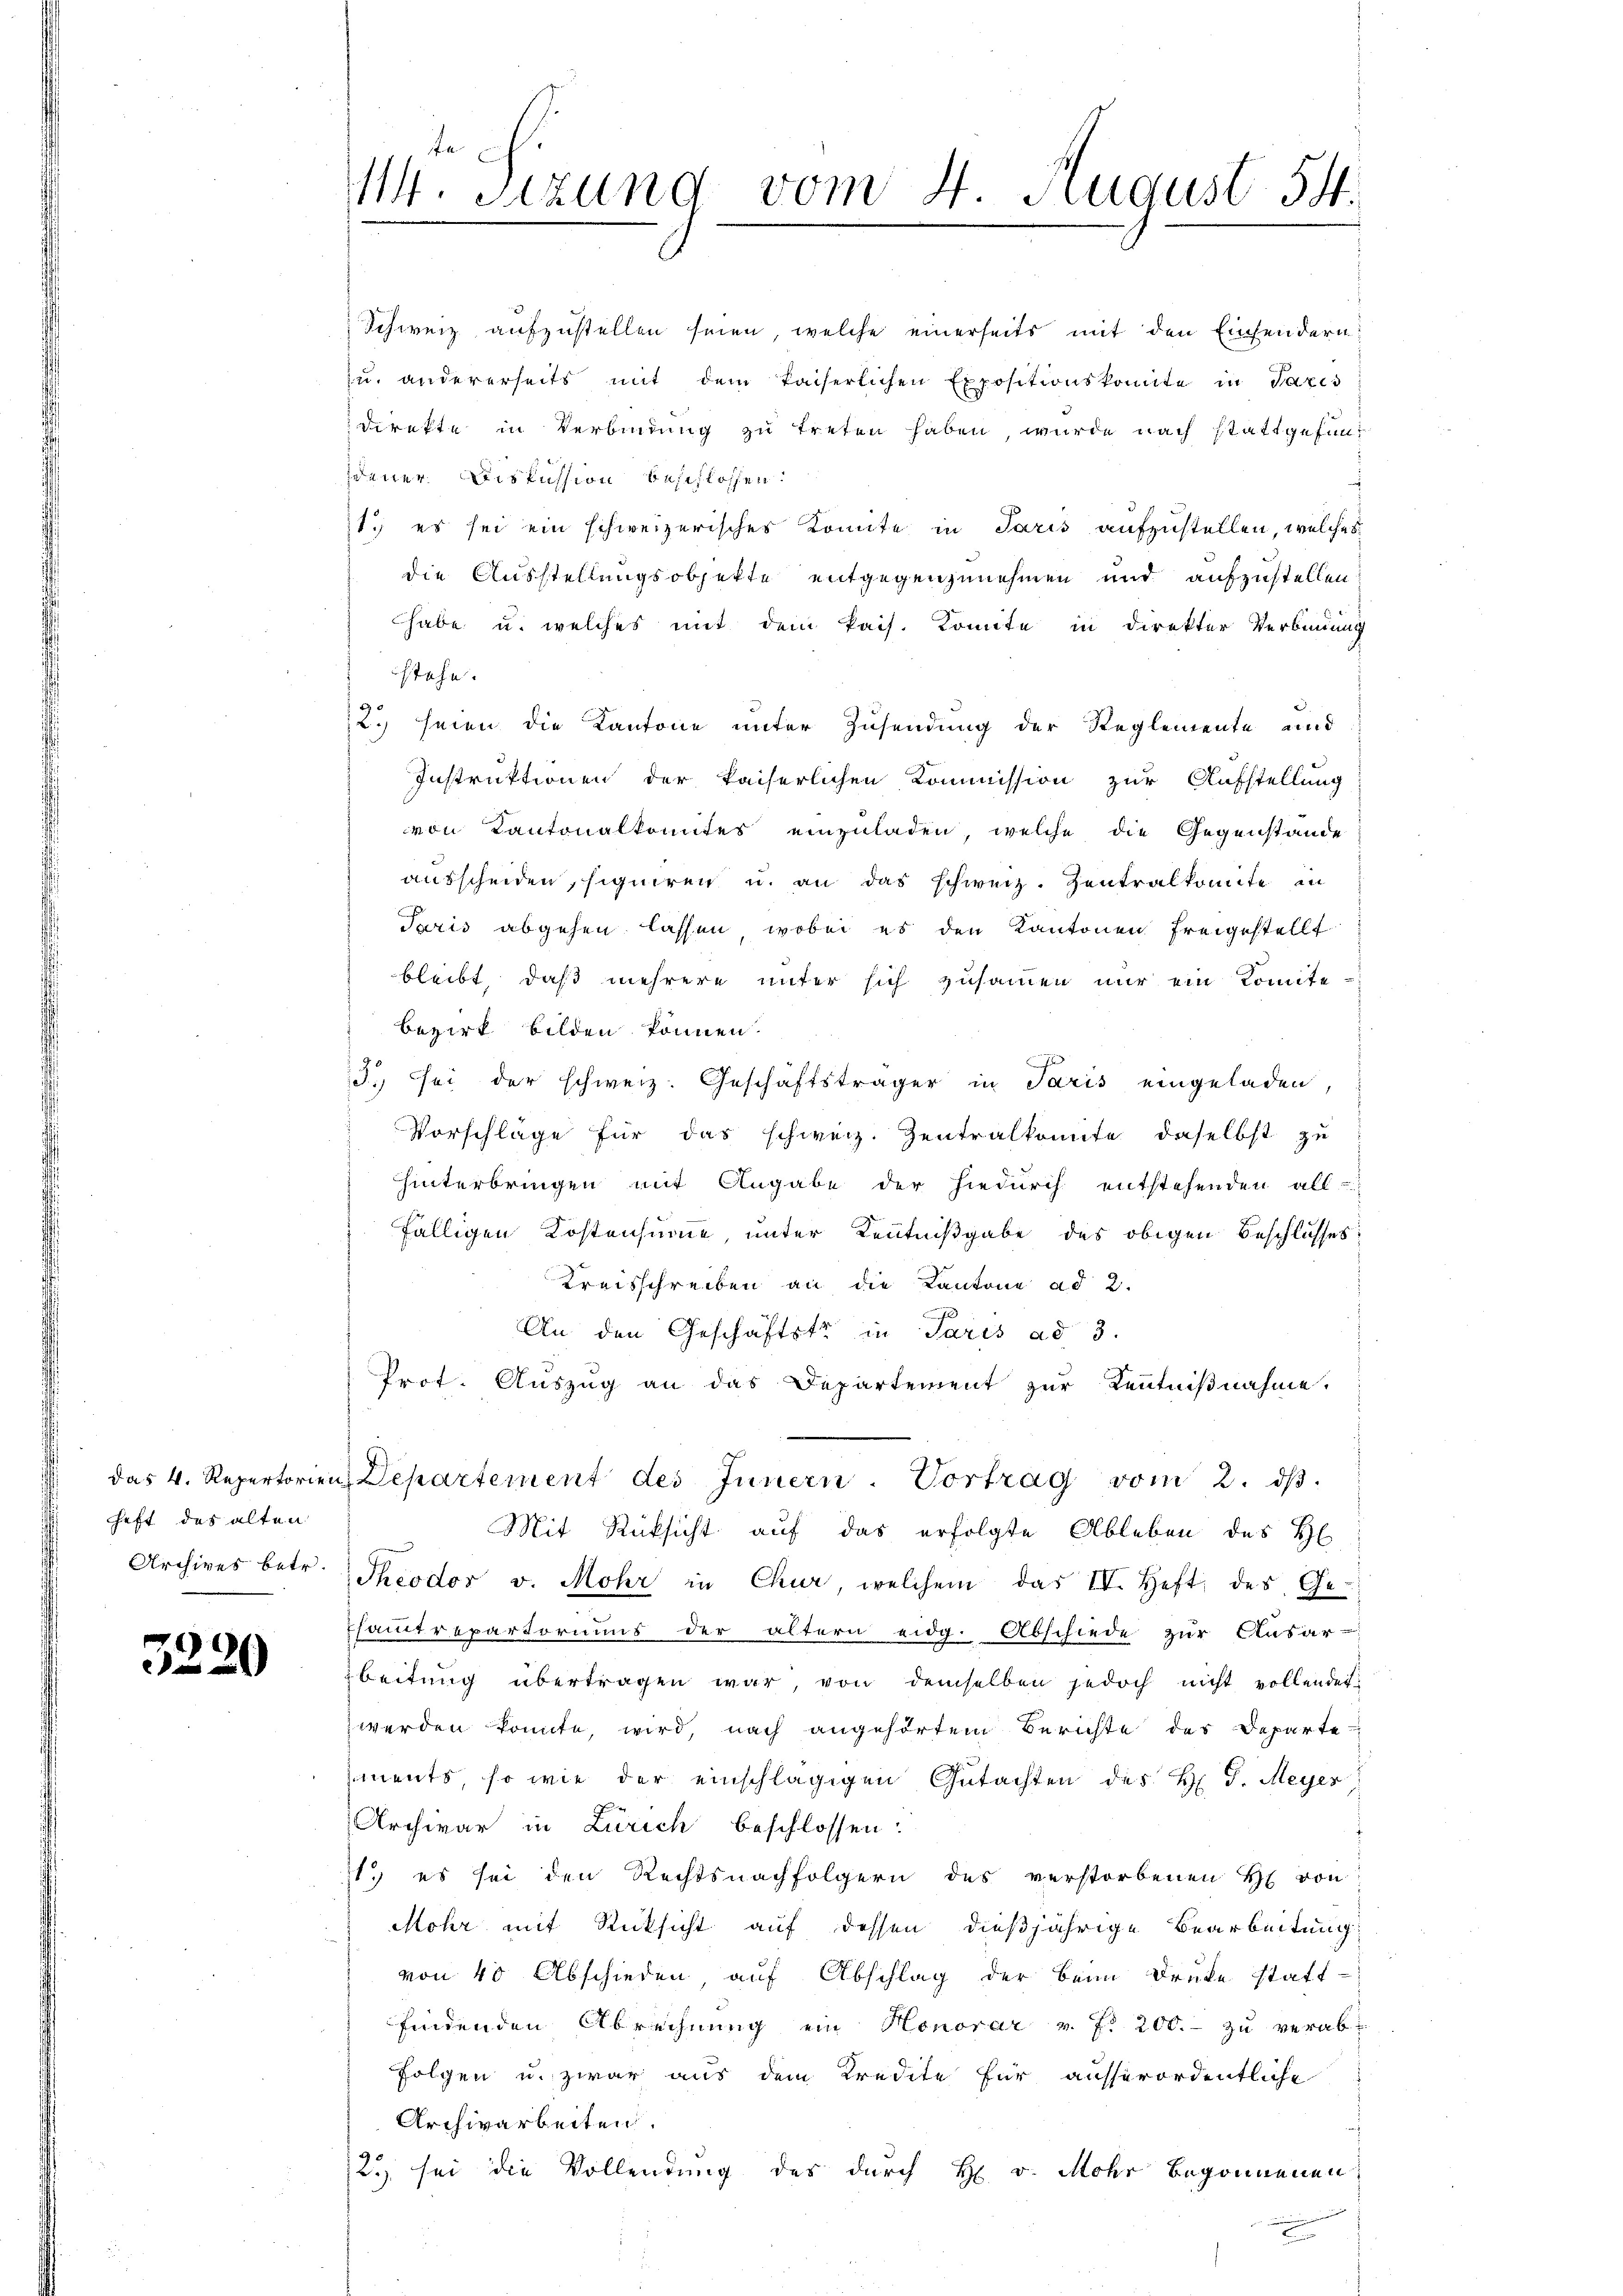
haft das alten
Archives betr.

3220

. Sizung vom 4. August. 54.

Schweiz aufzustellen seien, welche einerseits mit den Einsendern,
zu andererseits mit dem kaiserlichen Expositionskomite in Paris
Direkte in Verbindung zu treten haben, wurde nach stattgefundener Diskussion beschlossen:
1. es sei ein schweizerisches Komite in Paris aufzustellen, welches
die Ausstellungsobjekte entgegenzunehmen und aufzustellen
habe u. welches mit dem Pais. Komite in direkter Verbindung
stehe.
2. seien die Kantone unter Zusendung der Reglemente und
Instruktionen der kaiserlichen Kommission zur Aufstellung
von Kantonalkomites einzuladen, welche die Gegenstände
ausscheiden, signiren u. an das schweiz. Zentralkomite in
Paris abgehen lassen, wobei es den Kantonen freigestellt
bleibt, daß mehrere unter sich zusammen nur ein Komite
Bezirk bilden können.
3. sei der schweiz. Geschäftsträger in Paris eingeladen
Vorschläge für das schweiz. Zentralkonnte, daselbst zu
hinterbringen mit Angabe der hiedurch entstehenden all-
fälligen Kostensumme, unter Kenntnißgabe des obigen Beschlusses
Kreisschreiben an die Kantone ad 2.
An den Geschäftste in Paris ad 3.
Prot. Auszug an das Departement zur Kenntnißnahme.
das 4. Repertorien Departement des Innern. Vortrag vom 2. dβ.
Mit Rücksicht auf das erfolgte Ableben des H
Theodor v. Mohr in Chur, welchem das IV. Heft des Ge-
Esammtrepartoriums der ältern eidg. Abschiede zur Ausar-
beitung übertragen war, von demselben jedoch nicht vollendet
werden konnte, wird, nach angehörtem Berichte des Departe-
ments, so wie der einschlägigen Gutachten des H. D. Meyer
Archivar in Zürich beschlossen:
1. es sei den Rechtsnachfolgern des verstorbenen H. von
Mohr mit Rücksicht auf dessen dießjährige Bearbeitung
von 40 Abschieden, auf Abschlag der beim Druke stattfindenden Abrechnung ein Honorar v. Fr. 200.- zu verab¬
Folgen u. zwar aus dem Kredite für ausserordentliche
Archivarbeiten.
2.) sei die Vollendung des durch H. v. Mohr begonnenen
.